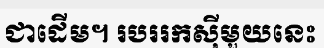
ជាដើម។ របររកស៊ីមួយនេះ